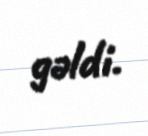
gəldi.